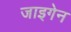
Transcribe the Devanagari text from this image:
जाइगेन